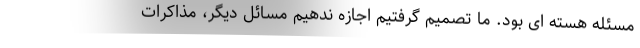
مسئله هسته ای بود. ما تصمیم گرفتیم اجازه ندهیم مسائل دیگر، مذاکرات